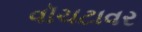
વૉચટાવર